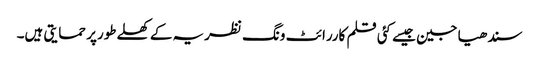
سندھیا جین جیسے کئی قلم کاررائٹ ونگ نظریہ کے کھلےطورپر حمایتی ہیں۔